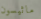
ماثيسون